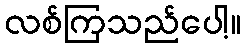
လစ်ကြသည်ပေါ့။